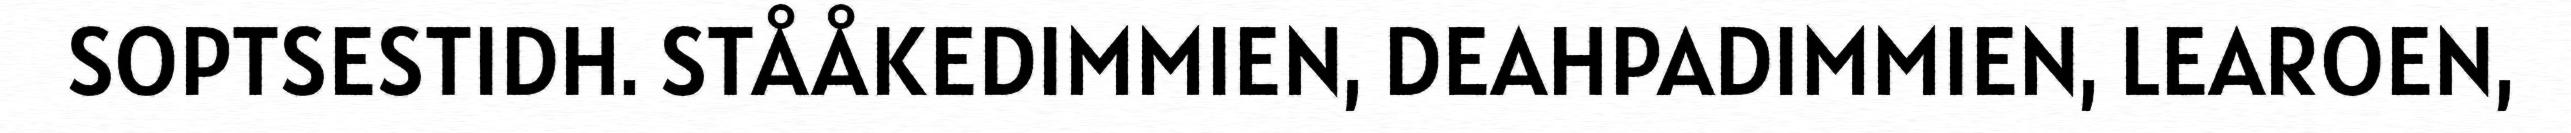
SOPTSESTIDH. STÅÅKEDIMMIEN, DEAHPADIMMIEN, LEAROEN,